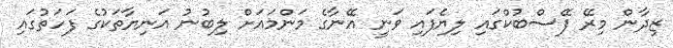
ޒިދާން މިރޭ ފޭސްބުކްގައި ލިޔެފައި ވަނީ އޭނާގެ މަންމައަށް ލިބުނު އަނިޔާތަކުގެ ފަހަތުގައި